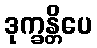
ဒုက္ခန္တိပေ